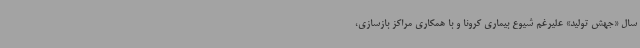
سال «جهش تولید» علیرغم شیوع بیماری کرونا و با همکاری مراکز بازسازی،